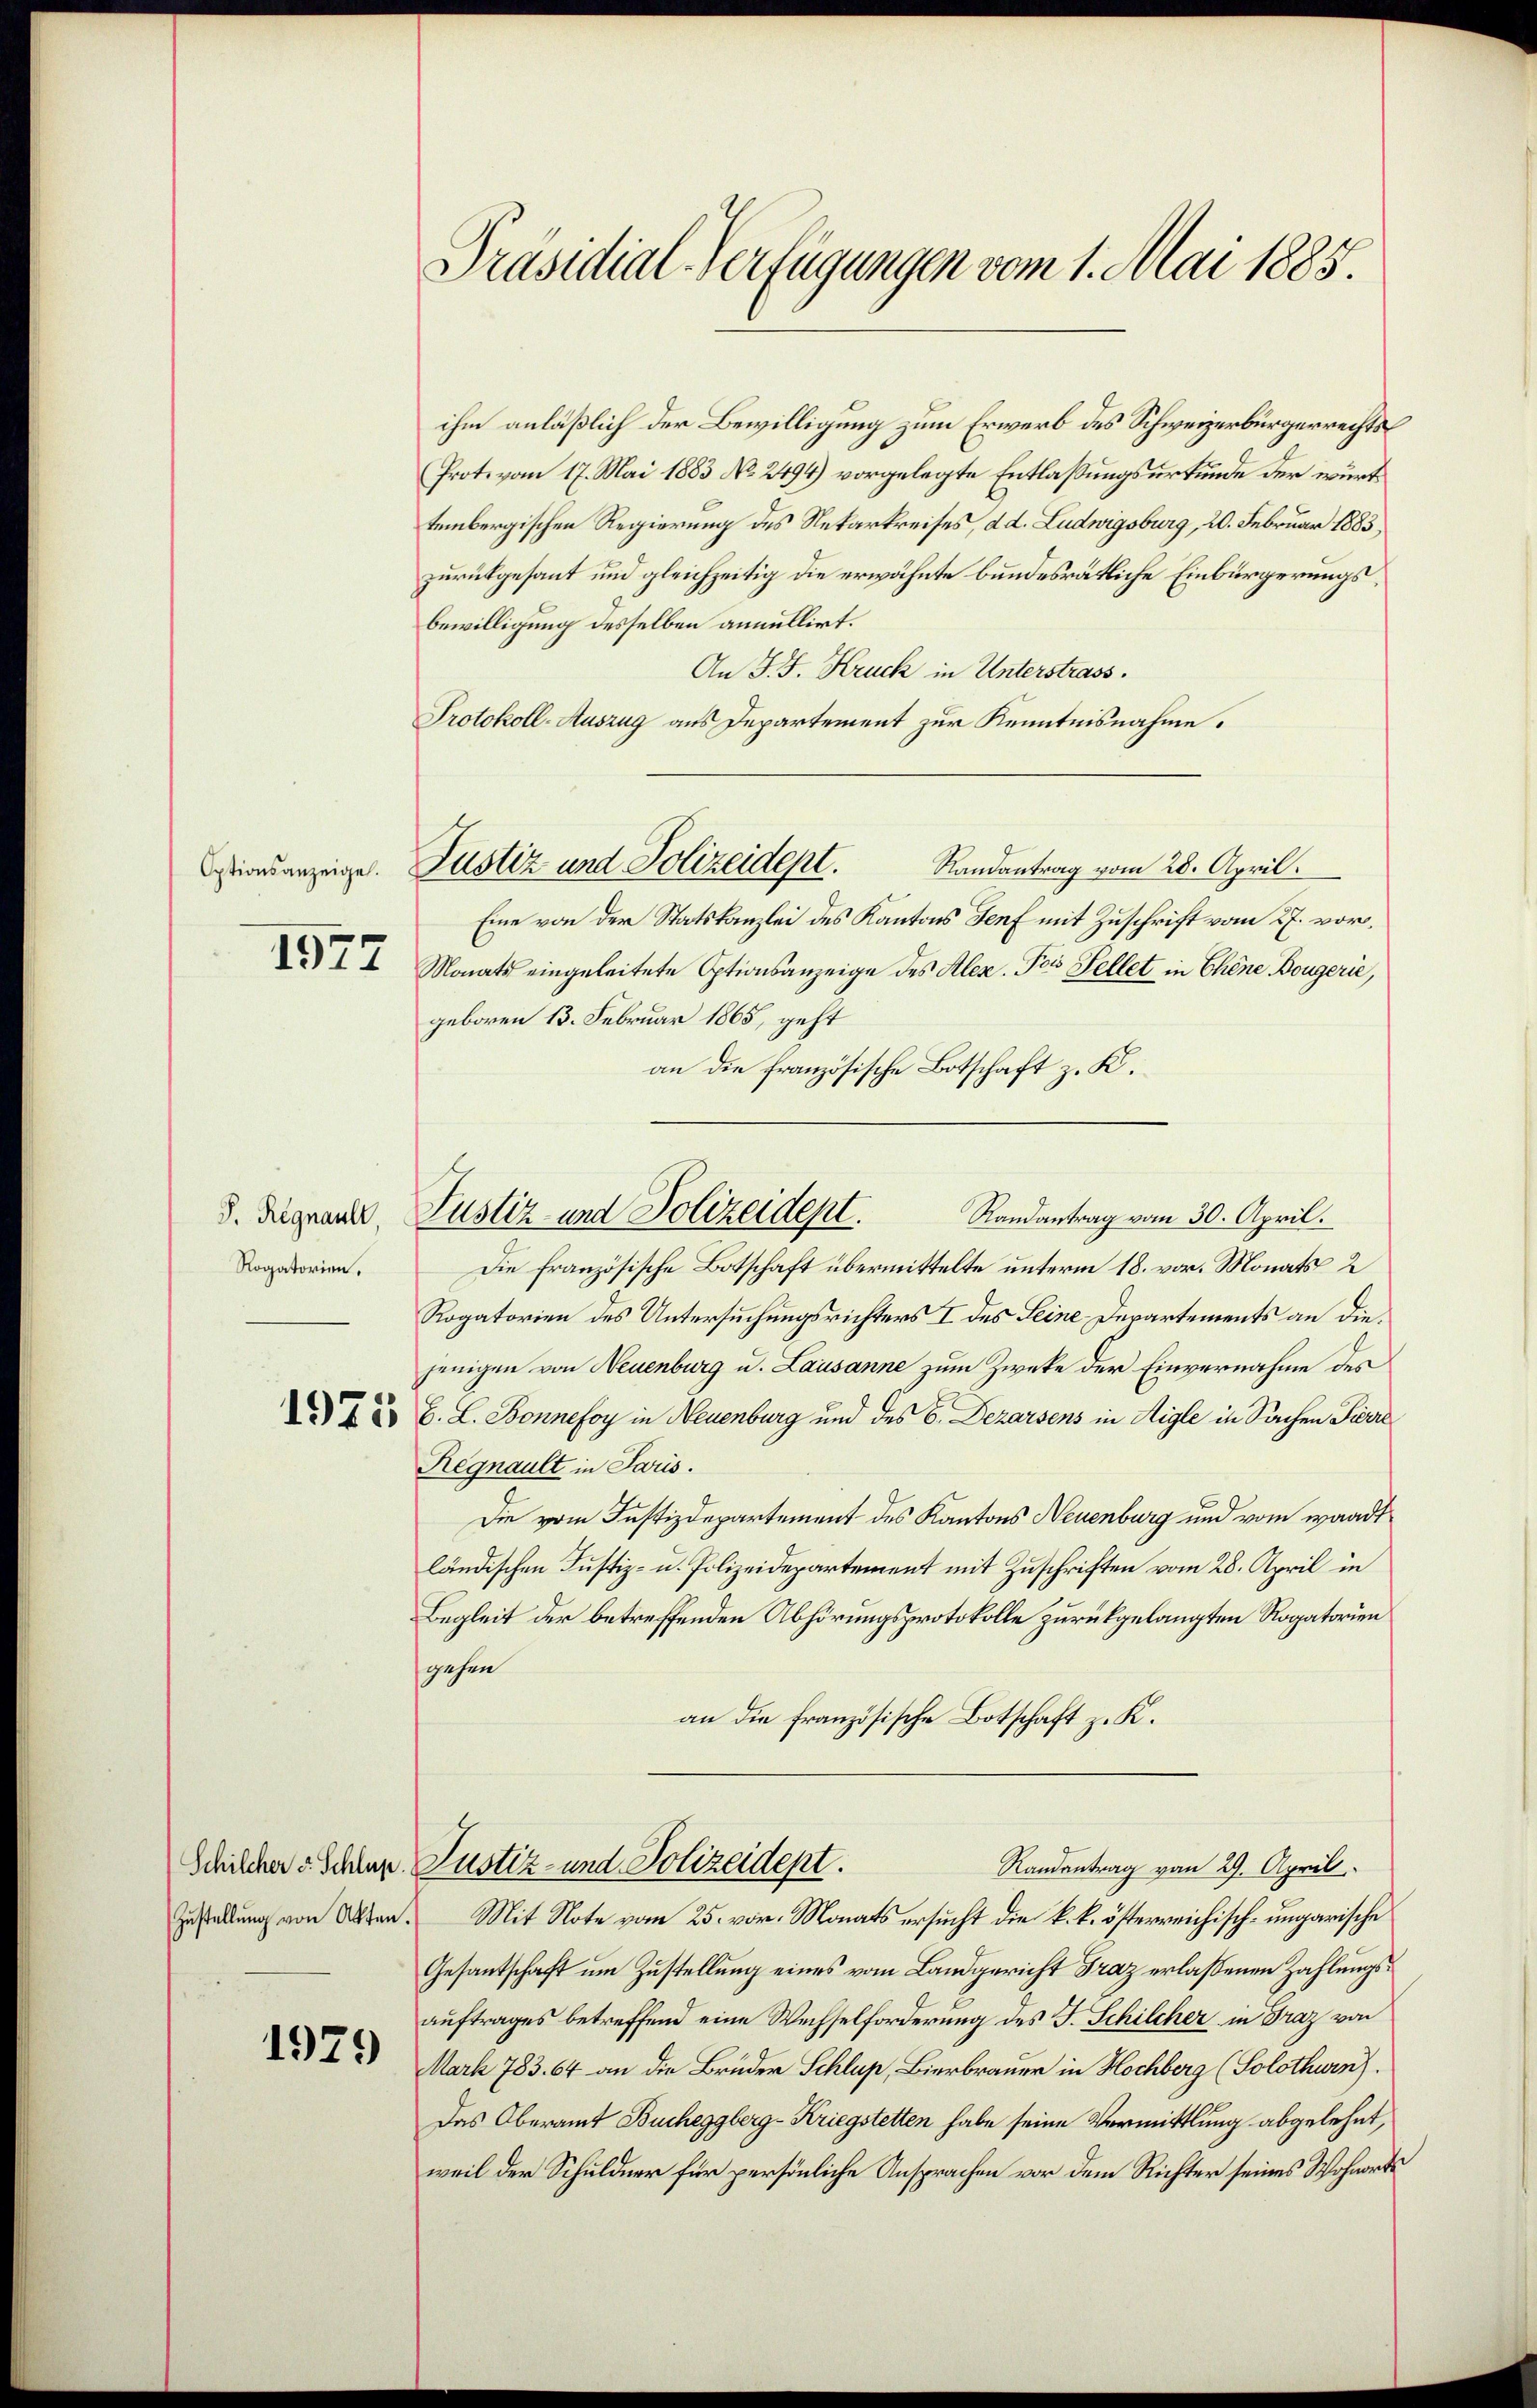
Optionsanzeigel.
1577

S. Regnault,
Rogatorien.

1979

Präsidial-Verfügungen vom 1. Mai 1885.

ihm anläßlich der Bewilligung zum Erwerb des Schweizerbürgerrechts
Prot. vom 17. Mai 1883 No 2494) vorgelegte Entlaßungsurkunde der württembergischen Regierung des Nekarkreises, d. d. Ludwigsburg, 20. Februar 1883
zurückgesant und gleichzeitig die erwähnte bundesrätliche Einbürgerungsbewilligung desselben annullirt.
An J. J. Kruck in Unterstrass.
Protokoll-Auszug aus Departement zur Kenntnisnahme.
Randantrag vom 28. April.
Eine von der Statskanzlei des Kantons Genf mit Zuschrift vom 27. vor¬
Monats eingeleitete Optionsanzeige des Alex. Pos Fellet in Chene Bougerie,
geboren 13. Februar 1865, geht
an die französische Botschaft z. K.
Die französische Botschaft übermittelte unterm 18. vor. Monats 2
Rogatorien des Untersuchungsrichters I des Leine Departements an diejenigen von Neuenburg u. Lausanne zum Zwecke der Einvernahme des
§ 22 B. L. Bonnefoy in Neuenburg und des C. Dezarsens in Aigle in Sachen Pierre
Regnault in Paris.
Die vom Justizdepartement des Kantons Neuenburg und vom wandtländischen Justiz- u. Polizeidepartement mit Zuschriften vom 28. April in
Begleit der betreffenden Abhörungsprotokolle zurückgelangten Rogatorien
gehen
an die französische Botschaft z. K.
Randantrag vom 29. April
Schilcher v. Schler Justiz- und Polizeidept.
Zustellung von Akten. Mit Note vom 25. vor. Monats ersucht die k. k. österreichisch-ungarische
Gesantschaft um Zustellung eines vom Landgericht Graz erlassenen Zahlungsauftrages betreffend eine Wechselforderung des J. Schilcher in Fraz von
Mark 783. 64 an die Brüder Schlup, Bierbrauer in Hochberg (Solothurn).
Das Oberamt Bucheggberg-Kriegstetten habe seine Vermittlung abgelehnt,
weil der Schuldner für persönliche Ansprachen vor dem Richter seines Wohnorts

Justiz und Polizeidept.

Justiz- und Polizeidept.
Randantrag vom 30. April.